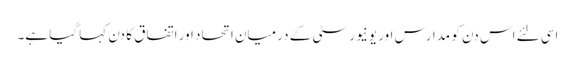
اسی لئے اس دن کو مدارس اور یونیورسٹی کے درمیان اتحاد اور اتفاق کا دن کہا گیا ہے۔